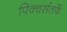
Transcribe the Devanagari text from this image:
पिक्चर्सतर्फे